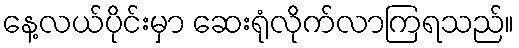
နေ့လယ်ပိုင်းမှာ ဆေးရုံလိုက်လာကြရသည်။